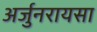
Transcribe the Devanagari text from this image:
अर्जुनरायसा